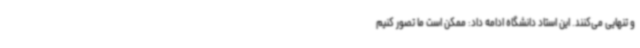
و تنهایی می‌کنند. این استاد دانشگاه ادامه داد: ممکن است ما تصور کنیم